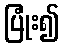
ပြုံး၍